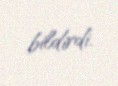
bildirdi.